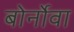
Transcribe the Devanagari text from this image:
बोर्नोवा